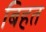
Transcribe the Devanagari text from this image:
बिहत